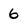
Character: 6